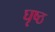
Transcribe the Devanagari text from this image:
घृष्ठ